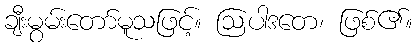
ချီးမွမ်းတော်မူသဖြင့်။ ဩပါဒတေ၊ ဖြစ်၏။